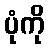
ပုံကို